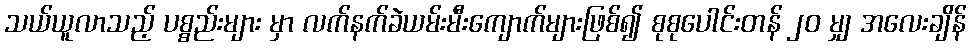
သယ်ယူလာသည့် ပစ္စည်းများ မှာ လက်နက်ခဲယမ်းမီးကျောက်များဖြစ်၍ စုစုပေါင်းတန် ၂၀ မျှ အလေးချိန်